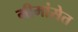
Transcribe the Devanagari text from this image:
मीमांसेत